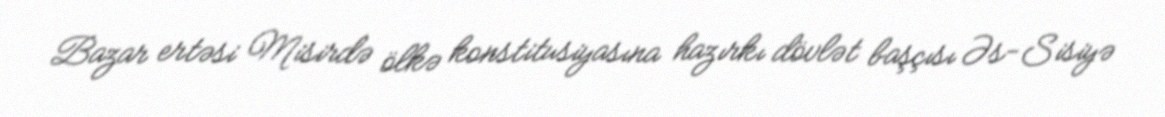
Bazar ertəsi Misirdə ölkə konstitusiyasına hazırkı dövlət başçısı Əs-Sisiyə